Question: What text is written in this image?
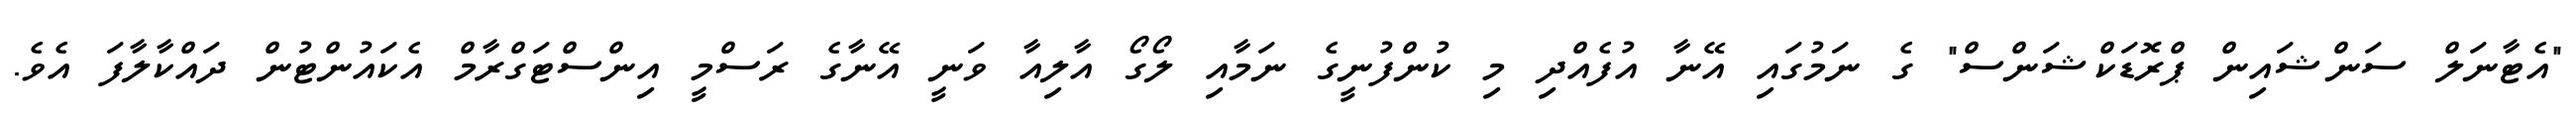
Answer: "އެޓާނަލް ސަންޝައިން ޕްރޮޑަކްޝަންސް" ގެ ނަމުގައި އޭނާ އުފެއްދި މި ކުންފުނީގެ ނަމާއި ލޯގޯ އާލިއާ ވަނީ އޭނާގެ ރަސްމީ އިންސްޓަގްރާމް އެކައުންޓުން ދައްކާލާފަ އެވެ.